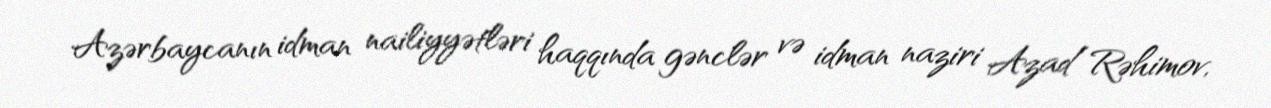
Azərbaycanın idman nailiyyətləri haqqında gənclər və idman naziri Azad Rəhimov,